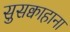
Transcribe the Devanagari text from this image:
सुसक्वाहाना